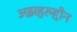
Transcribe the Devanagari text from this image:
अझहरुद्दीन